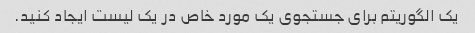
یک الگوریتم برای جستجوی یک مورد خاص در یک لیست ایجاد کنید.